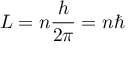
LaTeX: L = n { \frac { h } { 2 \pi } } = n \hbar